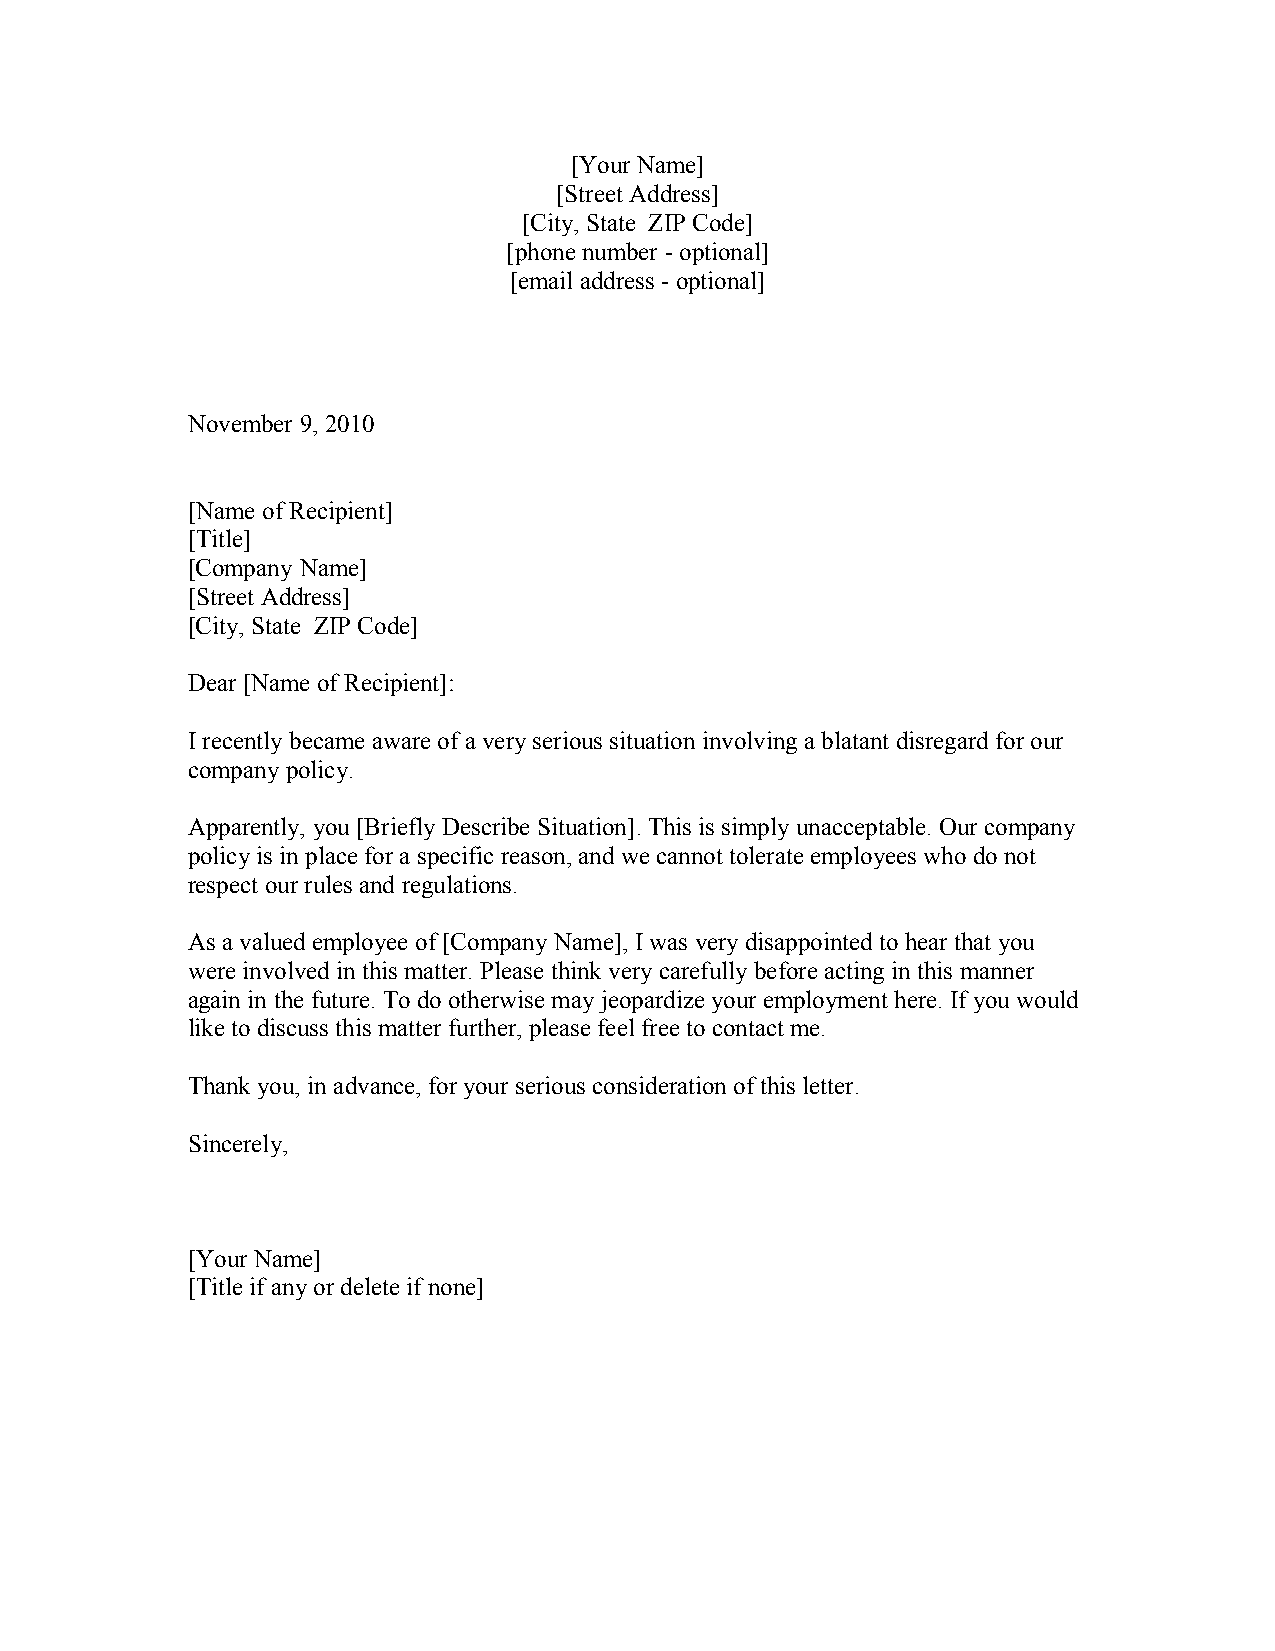
[Your Name]
 [Street Address]
 [City, State ZIP Code]
 [phone number - optional]
 [email address - optional]
 November 9, 2010
 [Name of Recipient]
 [Title]
 [Company Name]
 [Street Address]
 [City, State ZIP Code]
 Dear [Name of Recipient]:
 I recently became aware of a very serious situation involving a blatant disregard for our
 company policy.
 Apparently, you [Briefly Describe Situation]. This is simply unacceptable. Our company
 policy is in place for a specific reason, and we cannot tolerate employees who do not
 respect our rules and regulations.
 As a valued employee of [Company Name], I was very disappointed to hear that you
 were involved in this matter. Please think very carefully before acting in this manner
 again in the future. To do otherwise may jeopardize your employment here. If you would
 like to discuss this matter further, please feel free to contact me.
 Thank you, in advance, for your serious consideration of this letter.
 Sincerely,
 [Your Name]
 [Title if any or delete if none]